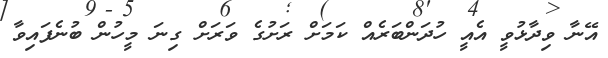
އޭނާ ވިދާޅުވީ އެއީ ހުދަންބަރެއް ކަމަށް ރަށުގެ ވަރަށް ގިނަ މީހުން ބުނެފައިވާ